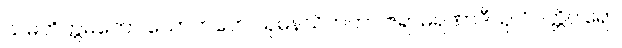
သမတိက္ကမတော သောဘတေ သုမနသိကတာ ဇရာမရဏာဒီသု ဝိပတ္တိဝါရော